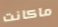
ماكانت